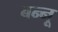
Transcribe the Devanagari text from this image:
बन्‍नू